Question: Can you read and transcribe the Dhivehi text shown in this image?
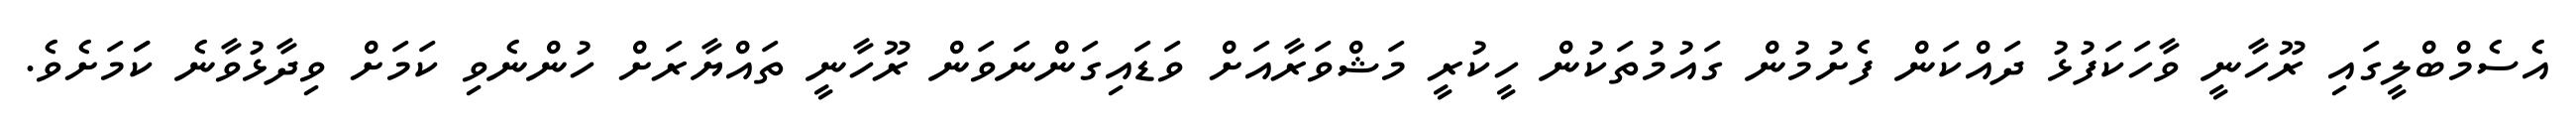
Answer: އެސެމްބްލީގައި ރޫހާނީ ވާހަކަފުޅު ދައްކަން ފެށުމުން ގައުމުތަކުން ހީކުރީ މަޝްވަރާއަށް ވަޑައިގަންނަވަން ރޫހާނީ ތައްޔާރަށް ހުންނެވި ކަމަށް ވިދާޅުވާނެ ކަަމަށެވެ.